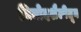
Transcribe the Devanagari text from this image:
विनोदशैलीतून